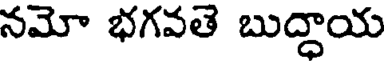
నమో భగవతె బుద్ధాయ